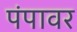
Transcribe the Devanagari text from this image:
पंपावर